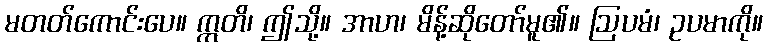
မတတ်ကောင်းပေ။ ဣတိ၊ ဤသို့။ အာဟ၊ မိန့်ဆိုတော်မူ၏။ ဩပမံ၊ ဥပမာကို။